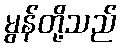
မွန်တို့သည်